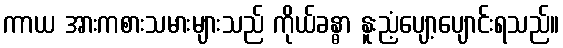
ကာယ အားကစားသမားများသည် ကိုယ်ခန္ဓာ နူးညံ့ပျော့ပျောင်းရသည်။